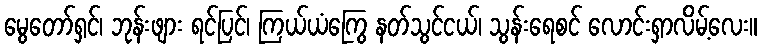
မွေတော်ရှင်၊ ဘုန်းဖျား ရင်ပြင်၊ ကြယ်ယံကြွေ နတ်သွင်ငယ်၊ သွန်းရေစင် လောင်းရှာလိမ့်လေး။